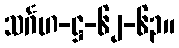
သင်္ဂဟ-ဋ္ဌ-၆၂-၆၃။